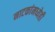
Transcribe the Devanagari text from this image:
नाटकांमध्येही